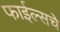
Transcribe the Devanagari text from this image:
फाईल्सचे